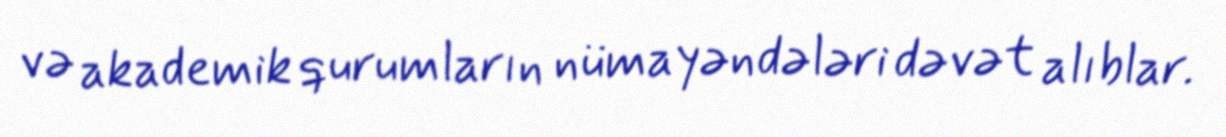
və akademik qurumların nümayəndələri dəvət alıblar.